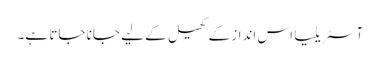
آسٹریلیا اس انداز کے کھیل کے لیے جانا جاتا ہے۔